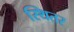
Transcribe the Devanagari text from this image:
स्थितर